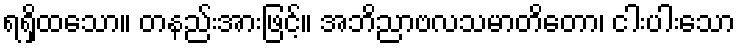
ရရှိထသော။ တနည်းအားဖြင့်။ အဘိညာဗလသမာတိတော၊ ငါးပါးသော